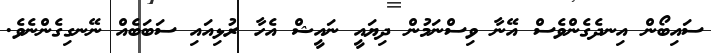
ސައިބޯން އިނދެގެންވެސް އޭނާ ވިސްނަމުން ދިޔައީ ނައީޝް އެހާ ރުޅިއައި ސަބަބެއް ނޭނގިގެންނެވެ.